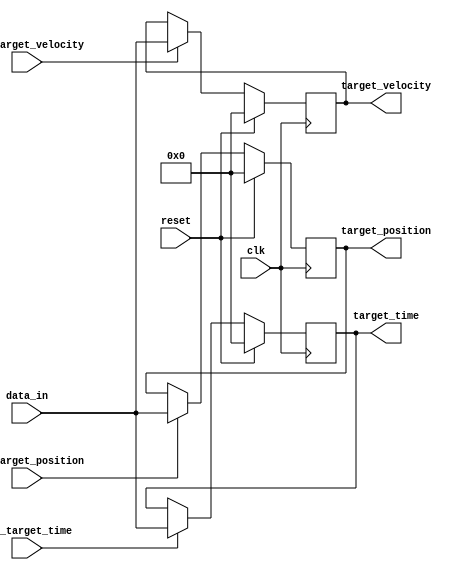
`timescale 1ns / 1ps
//////////////////////////////////////////////////////////////////////////////////
// Company: 
// Engineer: 
// 
// Design Name: 
// Module Name:    dda_bus_if 
// Project Name: 
// Target Devices: 
// Tool versions: 
// Description: 
//
// Dependencies: 
//
// Revision: 
// Revision 0.01 - File Created
// Additional Comments: 
//
//////////////////////////////////////////////////////////////////////////////////
module dda_bus_if(
	    input clk,
	    input reset,
       input [31:0] data_in,
		 input set_target_time,
		 input set_target_position,
		 input set_target_velocity,
		 
		 output reg [31:0] target_time,
		 output reg [31:0] target_position,
		 output reg [31:0] target_velocity
    );

always @(posedge clk)
	begin
		if (reset)
			begin
				target_time <= 0;
				target_position <= 0;
				target_velocity <= 0;
			end
		else
			begin
				if (set_target_time)
					target_time <= data_in;
				if (set_target_position)
					target_position <= data_in;
				if (set_target_velocity)
					target_velocity <= data_in;
			end
	end

endmodule